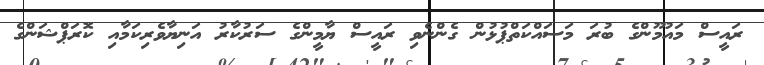
ރައީސް މައުމޫންގެ ބުރަ މަސައްކަތްޕުޅުން ގެންނެވި ރައީސް ޔާމީންގެ ސަރުކާރު އަނިޔާވެރިކަމާއި ކޮރަޕްޝަންގެ